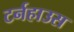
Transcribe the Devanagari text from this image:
टर्नहाउस